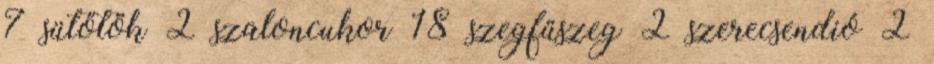
7 sütőtök 2 szaloncukor 18 szegfűszeg 2 szerecsendió 2